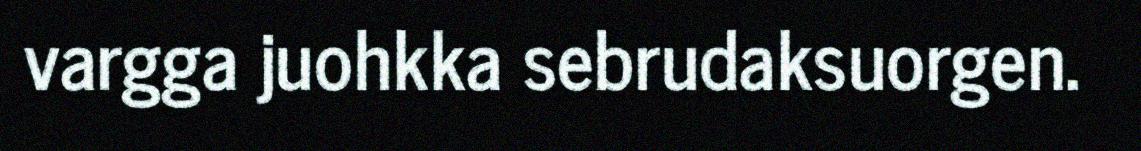
vargga juohkka sebrudaksuorgen.